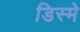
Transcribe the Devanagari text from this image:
डिस्मे